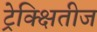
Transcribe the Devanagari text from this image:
ट्रेक्क्षितीज